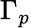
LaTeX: \Gamma_{p}